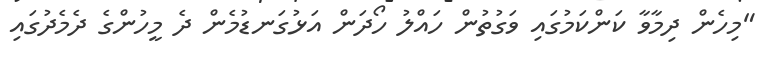
"މިހެން ދިމާވާ ކަންކަމުގައި ވަގުތުން ހައްލު ހޯދަން އަޅުގަނޑުމެން ދެ މީހުންގެ ދެމެދުގައި